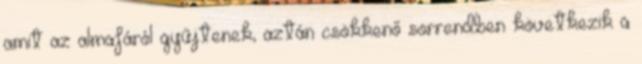
amit az almafáról gyűjtenek, aztán csökkenő sorrendben következik a